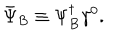
\bar { \Psi } _ { B } \equiv \Psi _ { B } ^ { \dagger } \gamma ^ { 0 } .